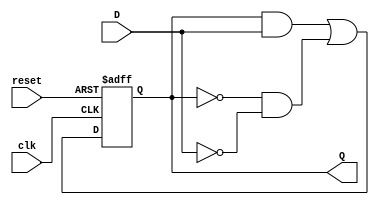
module feedback_register (
    input wire clk,          // Clock signal
    input wire reset,        // Reset signal
    input wire D,           // Data input
    output reg Q            // Output representing current state
);

// Always block for the sequential logic
always @(posedge clk or posedge reset) begin
    if (reset) begin
        Q <= 1'b0;          // Asynchronous reset to zero
    end else begin
        // State transition logic
        // Here, we can define the logic based on current state (Q) and input (D)
        // For example, if you want to toggle the state based on the current state and input
        Q <= (Q & D) | (~Q & ~D); // Example: next state based on feedback and input
        // Modify this line to implement your desired state transition logic
    end
end

endmodule